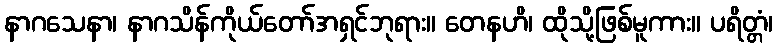
နာဂသေနာ၊ နာဂသိန်ကိုယ်တော်အရှင်ဘုရား။ တေနဟိ၊ ထိုသို့ဖြစ်မူကား။ ပရိတ္တံ၊